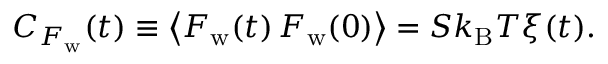
C _ { F _ { \mathrm { w } } } ( t ) \equiv \left< F _ { \mathrm { w } } ( t ) \, F _ { \mathrm { w } } ( 0 ) \right> = S k _ { \mathrm { B } } T \xi ( t ) .